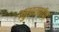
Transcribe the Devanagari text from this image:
मुखवर्णाचा